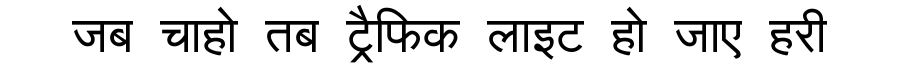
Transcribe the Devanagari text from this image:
जब चाहो तब ट्रैफिक लाइट हो जाए हरी